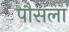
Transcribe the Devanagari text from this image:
पौसला